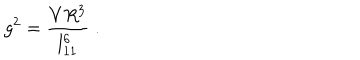
LaTeX: g ^ { 2 } = \frac { V R ^ { 3 } } { l _ { 1 1 } ^ { 6 } } \; .